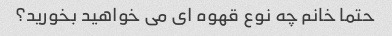
حتما خانم چه نوع قهوه ای می خواهید بخورید؟